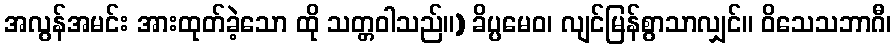
အလွန်အမင်း အားထုတ်ခဲ့သော ထို သတ္တဝါသည်။) ခိပ္ပမေဝ၊ လျင်မြန်စွာသာလျှင်။ ဝိသေသဘာဂီ၊